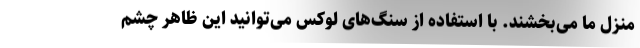
منزل ما می‌بخشند. با استفاده‌ از سنگ‌های لوکس می‌توانید این ظاهر چشم